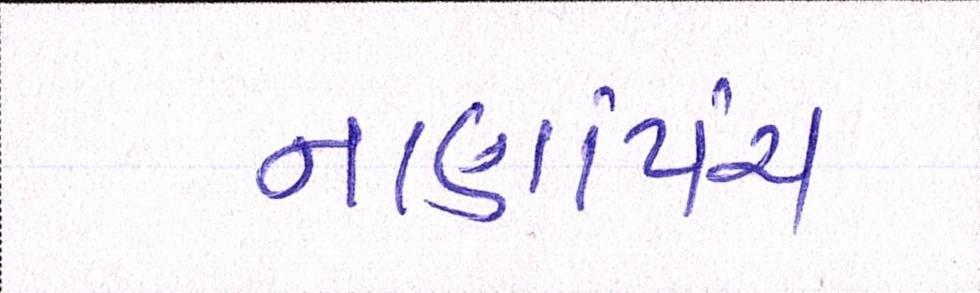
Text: નાણાંપંચ